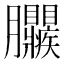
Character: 𦣜